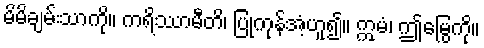
မိမိချမ်းသာကို။ ကရိဿာမီတိ၊ ပြုကုန်အံ့ဟူ၍။ ဣမံ၊ ဤမြွေကို။